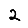
Digit: 2